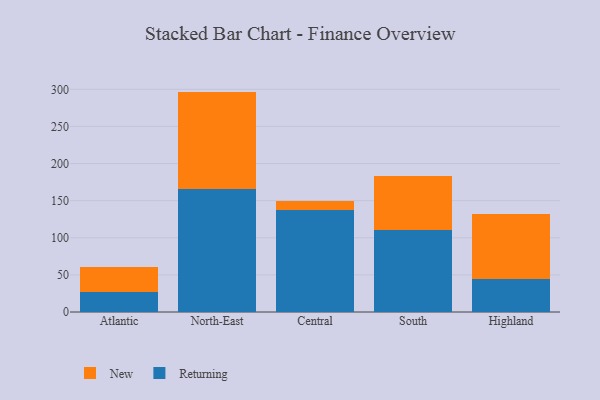
{"axis": {"x": "Region", "y": "Customer Acquisition Cost (USD)"}, "legend": ["New", "Returning"], "data": [{"x": "Atlantic", "y": 26.7, "type": "Returning"}, {"x": "Atlantic", "y": 33.7, "type": "New"}, {"x": "North-East", "y": 165.6, "type": "Returning"}, {"x": "North-East", "y": 131.3, "type": "New"}, {"x": "Central", "y": 137.5, "type": "Returning"}, {"x": "Central", "y": 11.5, "type": "New"}, {"x": "South", "y": 109.8, "type": "Returning"}, {"x": "South", "y": 73.2, "type": "New"}, {"x": "Highland", "y": 44.4, "type": "Returning"}, {"x": "Highland", "y": 88.0, "type": "New"}]}